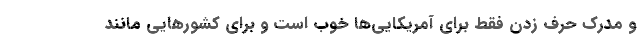
و مدرک حرف زدن فقط برای آمریکایی‌ها خوب است و برای کشورهایی مانند